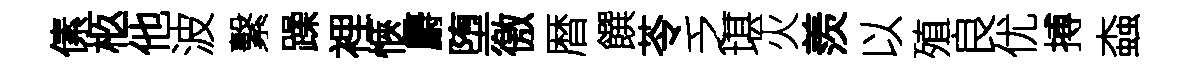
傃柩他波繫躁裡愜麝堕徼暦饌苓乏堪火羨以殖良优搏螙